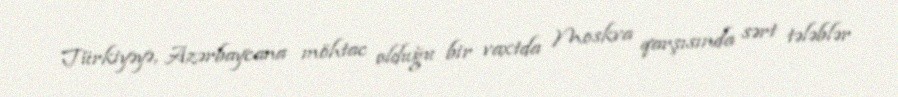
Türkiyəyə, Azərbaycana möhtac olduğu bir vaxtda Moskva qarşısında sərt tələblər